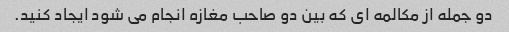
دو جمله از مکالمه ای که بین دو صاحب مغازه انجام می شود ایجاد کنید.